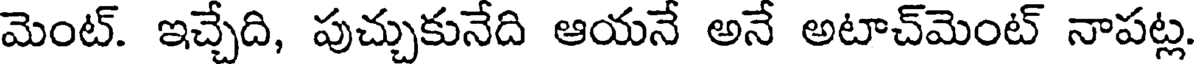
మెంట్. ఇచ్చేది, పుచ్చుకునేది ఆయనే అనే అటాచ్మెంట్ నాపట్ల